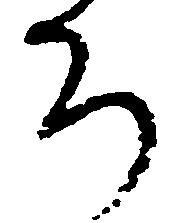
ち